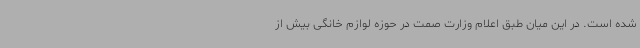
شده است. در این میان طبق اعلام وزارت صمت در حوزه لوازم خانگی بیش از